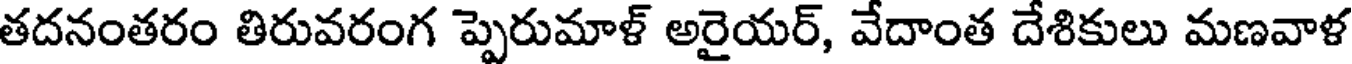
తదనంతరం తిరువరంగ ప్పెరుమాళ్ అరైయర్, వేదాంత దేశికులు మణవాళ